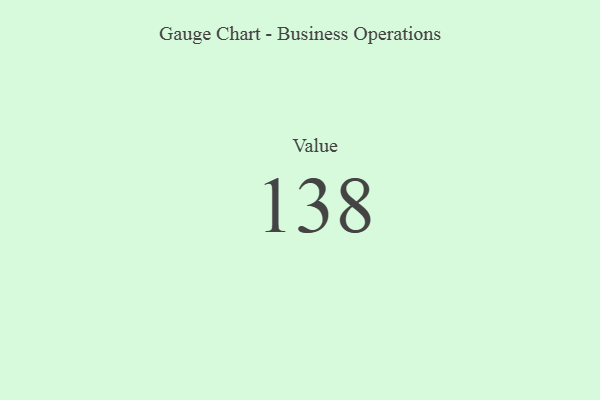
{"axis": {"x": "Metric", "y": "Value"}, "legend": [""], "data": [{"x": "Value", "y": 138, "type": ""}]}